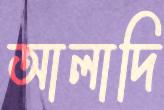
আলাদি